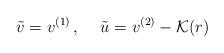
LaTeX: \begin{align*}\tilde{v} = v^{(1)}\,, \hspace{0.5cm} \tilde{u} = v^{(2)} - \mathcal{K} (r)\end{align*}